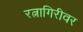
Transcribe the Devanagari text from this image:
रत्नागिरीवर